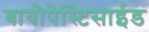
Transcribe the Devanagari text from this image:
बायोपेस्टिसाईड